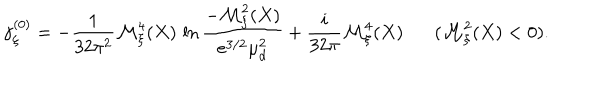
\gamma _ { \xi } ^ { ( 0 ) } = - \frac { 1 } { 3 2 \pi ^ { 2 } } { \cal M } _ { \xi } ^ { 4 } ( X ) \, \ln \frac { - { \cal M } _ { \xi } ^ { 2 } ( X ) } { e ^ { 3 / 2 } \mu _ { d } ^ { 2 } } + \frac { i } { 3 2 \pi } { \cal M } _ { \xi } ^ { 4 } ( X ) ( { \cal M } _ { \xi } ^ { 2 } ( X ) < 0 ) .